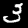
Digit: 3